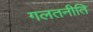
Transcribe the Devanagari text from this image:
गलतनीति